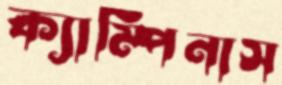
ক্যাম্পিনাস